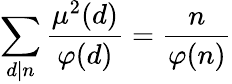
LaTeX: \sum_{d\mid n}{\frac{\mu^{2}(d)}{\varphi(d)}}={\frac{n}{\varphi(n)}}